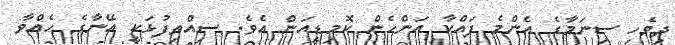
ދިވެހި ސިނަމާގެ އެންމެ ފައްކާ އަންހެން ކޮމިޑީއަން އެވެ. ސިއްތިފުޅަކީ އޭނާގެ ހެއްވާ